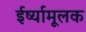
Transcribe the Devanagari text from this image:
ईर्ष्यामूलक